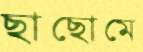
ছাছোমে